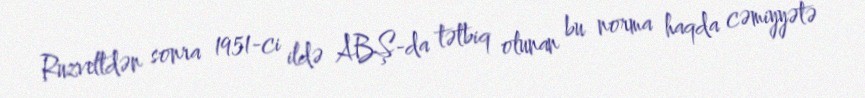
Ruzveltdən sonra 1951-ci ildə ABŞ-da tətbiq olunan bu norma haqda cəmiyyətə